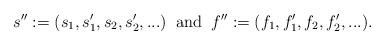
LaTeX: \begin{align*}s'' := (s_1,s'_1,s_2,s'_2,...) \;\;\mathrm{and}\;\; f'' := (f_1,f'_1,f_2,f'_2,...).\end{align*}